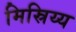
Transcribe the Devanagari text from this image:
मिस्रिय्य